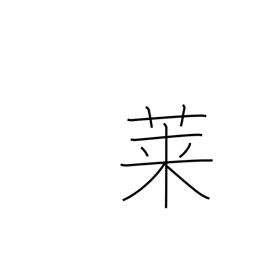
Meaning: goosefoot